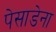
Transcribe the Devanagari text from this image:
पेसाडेना